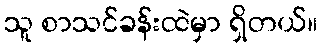
သူ စာသင်ခန်းထဲမှာ ရှိတယ်။